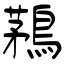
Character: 鶜